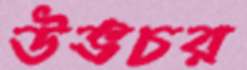
উভচর